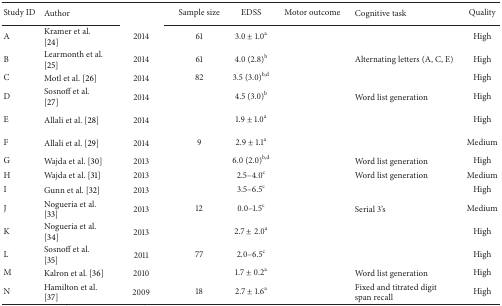
<table><thead><tr><td><b>Study ID</b></td><td><b>Author</b></td><td>[EMPTY_CELL]</td><td><b>Sample size</b></td><td><b>EDSS</b></td><td><b>Motor outcome</b></td><td><b>Cognitive task</b></td><td><b>Quality</b></td></tr></thead><tbody><tr><td>A</td><td>Kramer et al. [24]</td><td>2014</td><td>61</td><td>3.0 ± 1.0<sup>a</sup></td><td>[EMPTY_CELL]</td><td>[EMPTY_CELL]</td><td>High</td></tr><tr><td>B</td><td>Learmonth et al. [25]</td><td>2014</td><td>61</td><td>4.0 (2.8)<sup>b</sup></td><td>[EMPTY_CELL]</td><td>Alternating letters (A, C, E)</td><td>High</td></tr><tr><td>C</td><td>Motl et al. [26]</td><td>2014</td><td>82</td><td>3.5 (3.0)<sup>b,d</sup></td><td>[EMPTY_CELL]</td><td>[EMPTY_CELL]</td><td>High</td></tr><tr><td>D</td><td>Sosnoff et al. [27]</td><td>2014</td><td>[EMPTY_CELL]</td><td>4.5 (3.0)<sup>b</sup></td><td>[EMPTY_CELL]</td><td>Word list generation</td><td>High</td></tr><tr><td>E</td><td>Allali et al. [28]</td><td>2014</td><td>[EMPTY_CELL]</td><td>1.9 ± 1.0<sup>a</sup></td><td>[EMPTY_CELL]</td><td>[EMPTY_CELL]</td><td>High</td></tr><tr><td>F</td><td>Allali et al. [29]</td><td>2014</td><td>9</td><td>2.9 ± 1.1<sup>a</sup></td><td>[EMPTY_CELL]</td><td>[EMPTY_CELL]</td><td>Medium</td></tr><tr><td>G</td><td>Wajda et al. [30]</td><td>2013</td><td>[EMPTY_CELL]</td><td>6.0 (2.0)<sup>b,d</sup></td><td>[EMPTY_CELL]</td><td>Word list generation</td><td>High</td></tr><tr><td>H</td><td>Wajda et al. [31]</td><td>2013</td><td>[EMPTY_CELL]</td><td>2.5–4.0<sup>c</sup></td><td>[EMPTY_CELL]</td><td>Word list generation</td><td>Medium</td></tr><tr><td>I</td><td>Gunn et al. [32]</td><td>2013</td><td>[EMPTY_CELL]</td><td>3.5–6.5<sup>c</sup></td><td>[EMPTY_CELL]</td><td>[EMPTY_CELL]</td><td>High</td></tr><tr><td>J</td><td>Nogueria et al. [33]</td><td>2013</td><td>12</td><td>0.0–1.5<sup>c</sup></td><td>[EMPTY_CELL]</td><td>Serial 3's</td><td>Medium</td></tr><tr><td>K</td><td>Nogueria et al. [34]</td><td>2013</td><td>[EMPTY_CELL]</td><td>2.7 ± 2.0<sup>a</sup></td><td>[EMPTY_CELL]</td><td>[EMPTY_CELL]</td><td>High</td></tr><tr><td>L</td><td>Sosnoff et al. [35]</td><td>2011</td><td>77</td><td>2.0–6.5<sup>c</sup></td><td>[EMPTY_CELL]</td><td>[EMPTY_CELL]</td><td>High</td></tr><tr><td>M</td><td>Kalron et al. [36]</td><td>2010</td><td>[EMPTY_CELL]</td><td>1.7 ± 0.2<sup>a</sup></td><td>[EMPTY_CELL]</td><td>Word list generation</td><td>High</td></tr><tr><td>N</td><td>Hamilton et al. [37]</td><td>2009</td><td>18</td><td>2.7 ± 1.6<sup>a</sup></td><td>[EMPTY_CELL]</td><td>Fixed and titrated digit span recall</td><td>High</td></tr></tbody></table>